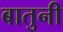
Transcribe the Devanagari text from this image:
बातुनी